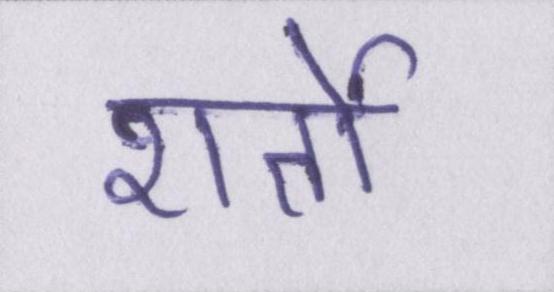
शर्तो